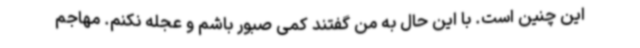
این چنین است. با این حال به من گفتند کمی صبور باشم و عجله نکنم. مهاجم